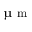
\upmu \textrm { m }